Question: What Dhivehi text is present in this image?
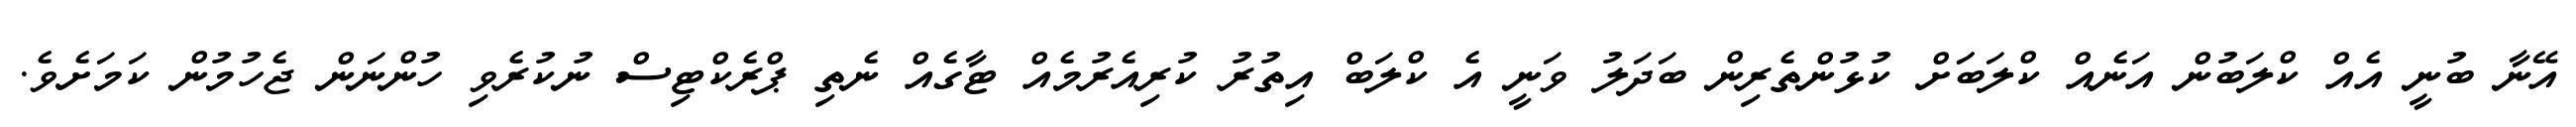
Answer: އޭނާ ބުނީ އެއް ކްލަބުން އަނެއް ކްލަބަަށް ކުޅުންތެރިން ބަދަލު ވަނީ އެ ކްލަބް އިތުރު ކުރިއެރުމެއް ޓާގެއް ނެތި ޕްރެކްޓިސް ނުކުރެވި ހުންނަން ޖެހުމުން ކަމަށެވެ.